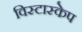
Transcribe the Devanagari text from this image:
विस्टास्केप